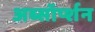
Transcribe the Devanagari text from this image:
अब्सॉर्प्शन